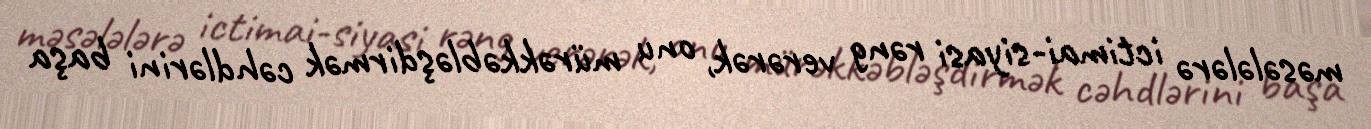
məsələlərə ictimai-siyasi rəng verərək, onu mürəkkəbləşdirmək cəhdlərini başa